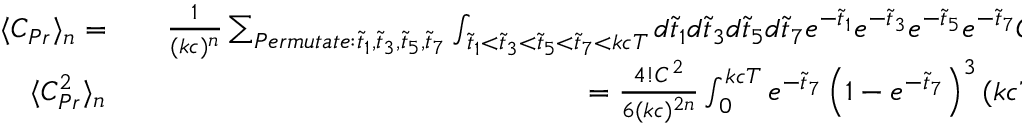
\begin{array} { r l r } { \langle C _ { P r } \rangle _ { n } = } & { { } } & { \frac { 1 } { ( k c ) ^ { n } } \sum _ { P e r m u t a t e : \tilde { t } _ { 1 } , \tilde { t } _ { 3 } , \tilde { t } _ { 5 } , \tilde { t } _ { 7 } } \int _ { \tilde { t } _ { 1 } < \tilde { t } _ { 3 } < \tilde { t } _ { 5 } < \tilde { t } _ { 7 } < k c T } d \tilde { t } _ { 1 } d \tilde { t } _ { 3 } d \tilde { t } _ { 5 } d \tilde { t } _ { 7 } e ^ { - \tilde { t } _ { 1 } } e ^ { - \tilde { t } _ { 3 } } e ^ { - \tilde { t } _ { 5 } } e ^ { - \tilde { t } _ { 7 } } C ( k c T - \tilde { t } _ { 7 } ) ^ { n } } \\ { \langle C _ { P r } ^ { 2 } \rangle _ { n } } & { { } } & { = \frac { 4 ! C ^ { 2 } } { 6 ( k c ) ^ { 2 n } } \int _ { 0 } ^ { k c T } e ^ { - \tilde { t } _ { 7 } } \left( 1 - e ^ { - \tilde { t } _ { 7 } } \right) ^ { 3 } ( k c T - \tilde { t } _ { 7 } ) ^ { 2 n } d \tilde { t } _ { 7 } } \end{array}